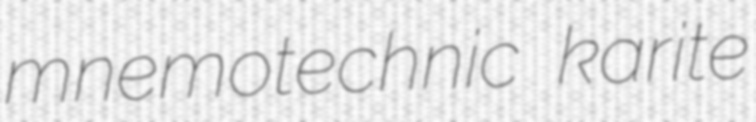
mnemotechnic karite